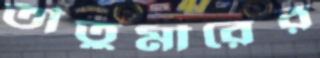
তীতুমীরের